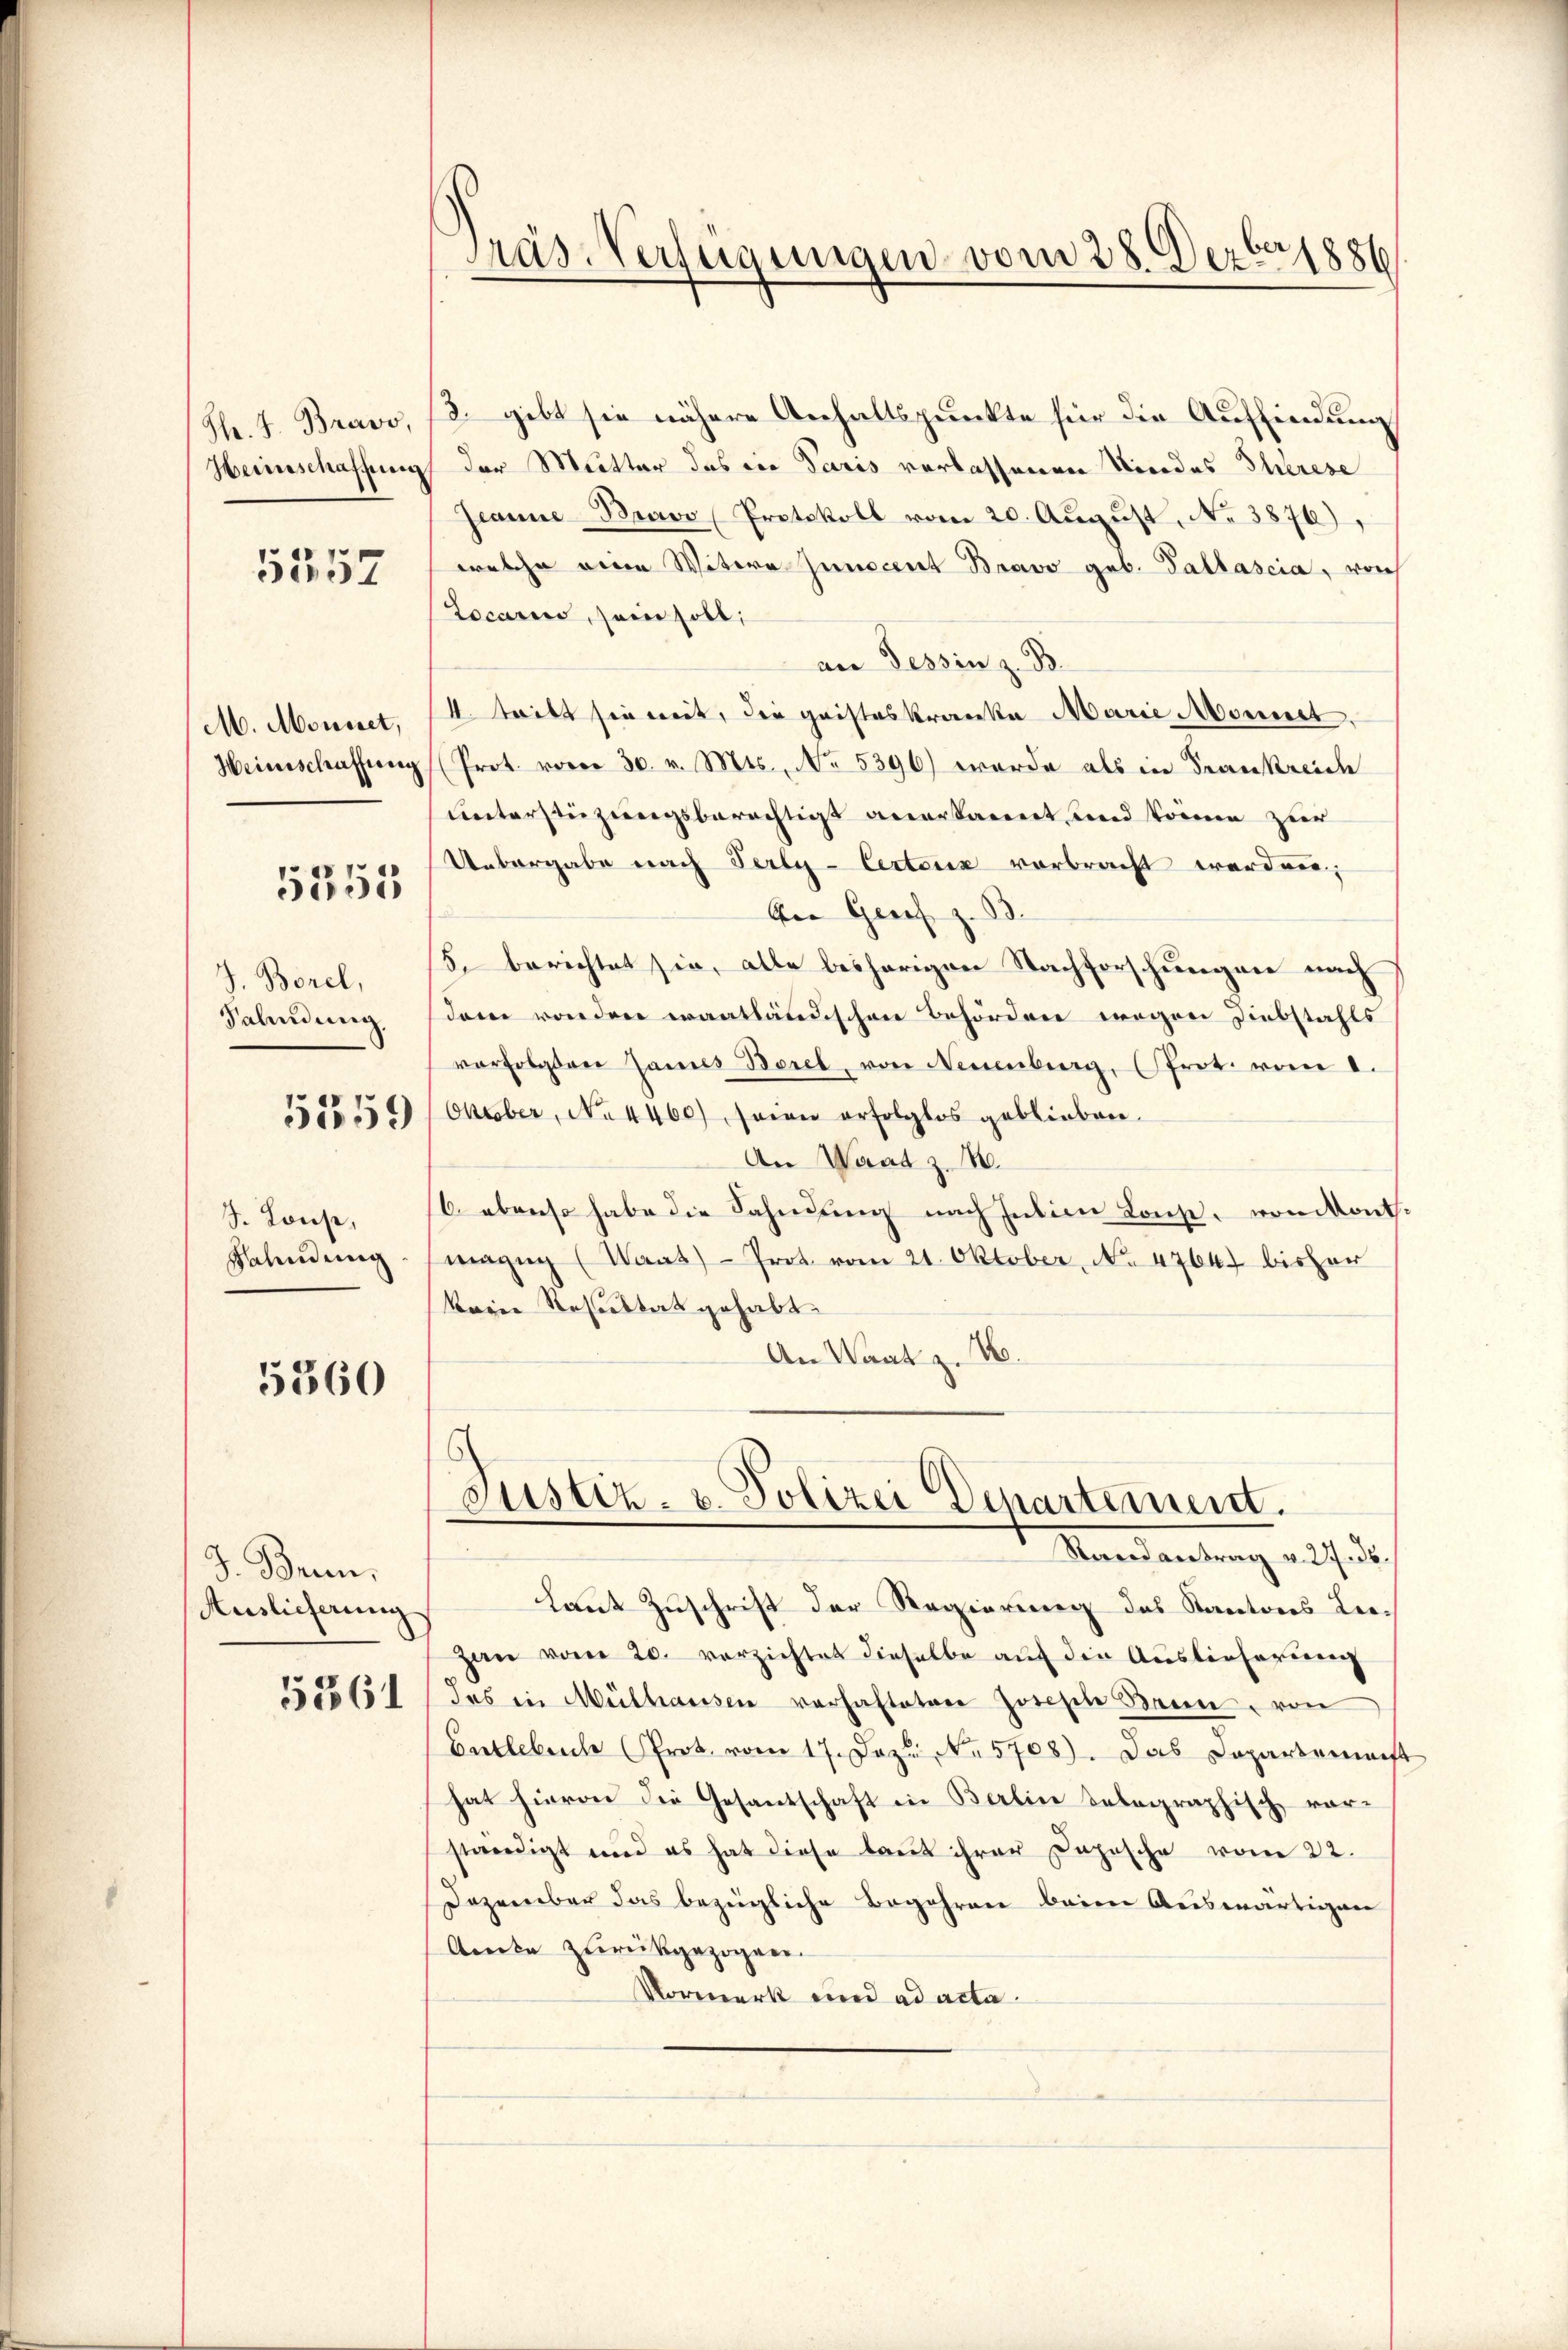
5352

M. Mousset,

5353

J. Borel,
Sahndung

S. Louse,
Fahndung

5360

J. Brun
Auslieferung

5561

Präs-Verfügungen vom 28. Dezbr 1886

Th. J. Bravo, d. gibt sie nähere Anhaltspunkte für die Auffindung
Heimschaffung der Mutter das in Paris verlassenen Niedes Therese
Jeanne-Bravo (Protokoll vom 20. August, N. 3876),
welche eine Witwe Junocent Bravo geb. Tallascia, vorh
Locarno, sein soll,
an Tessin z. B.
1. teilt sie weit, die gaisteskranka Marie Monnet,
Heimschaffŭng (Prot. vorer 30. v. Mts. No. 5396) wurde als in Frankreich
unterstüzungsberechtigt anerkannt und könne zur
Uebergabe nach Perly-Certenz vorbracht werden;
Aer Geres z. B.
5. berichtet sie, alle bisherigen Nachforschungen nach
dem von den wantländischen Behördene wegen Diebstahls
vorfolgten James Borel, von Neuenburg, (Prot. vom 1.
355555/ Oktober, No 4460) seien erfolglos geblieben.
An Waat z. B.
6 ebenso habe die Fahndung nach Julian Kons, von kant.
magug (Waat)- Prot vom 21. Oktober, No 47647 bisher
korie Resultat gehabt.
An Waatz. 46.

Justiz- u. Polizei Departement.

Mandantung auf b
Laut Zuschrift der Regierung des Kantons Lei¬
Zan vom 20. verzichtet dieselbe auf die Auslieferung
das in Mülhausen verhafteten Joseph Brin, von
Entlebene Prot. vom 17. Dazu No 5708). Das Dopartement
hat hievon die Gesantschaft in Berlin belegraphisch vorständigt und es hat diese laut ihrer Depesche vom 22.
Dezember das bezügliche Begehren beim Auswärtigen
Amte zurückgezogen.
Vormerk und ad acta.